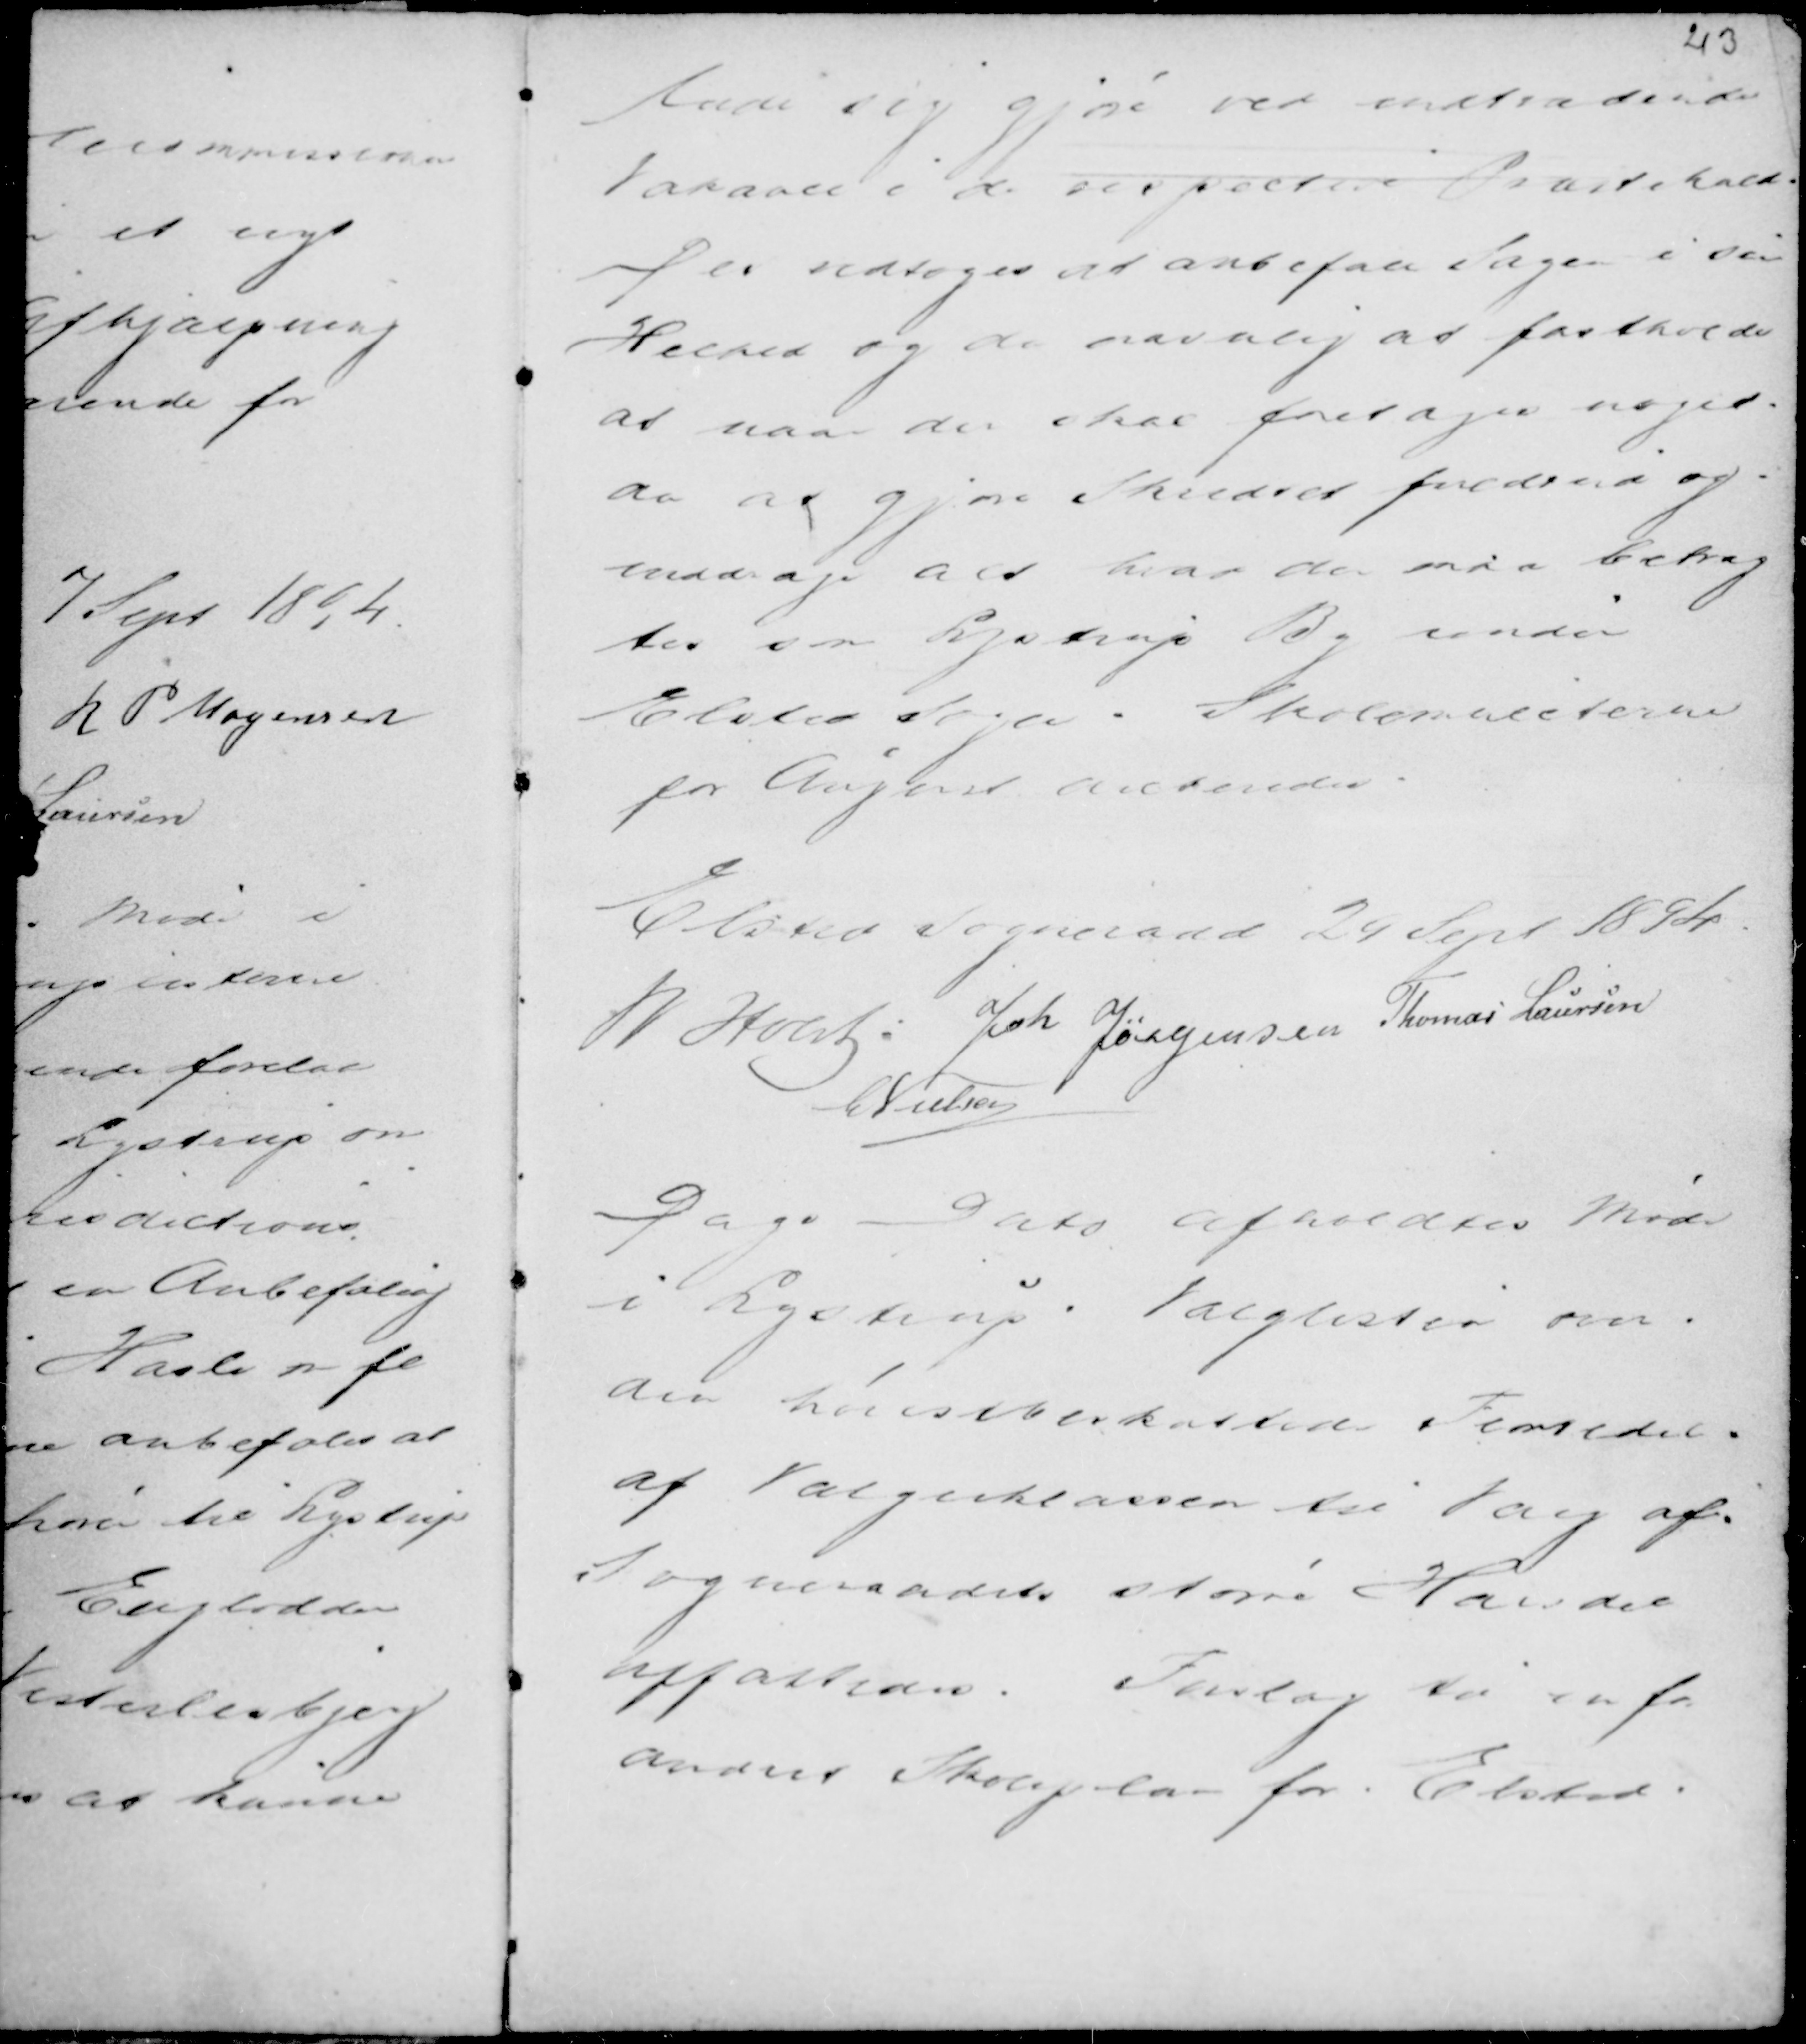
Transskription:
lade sig gjøre ved indtrædende
Vakance i de respektive Præstekald.
Det vedtoges at anbefale Sagen i sin
Helhed og da navnlig at fastholde
at naar der skal foretages noget,
da at gjøre Skelret fuldend og
inddrage alt hvad der maa betrag
tes som Lystrup By under
Elsted Sogn. Skolemulcterne
for August dikteredes.

Elsted Sogneraad 24 Sept 1894.
M Holst.
Joh Jørgensen Thomas Laursen
C Nielsen

Dags Dato afholdtes Møde
i Lystrup. Valglisten over
den Høistbeskattede Femtedel
af Vælgerklassen til Valg af
Sogneraadets større Handel
affattedes. Forslag til en for
andret Skoleplan for Elsted.